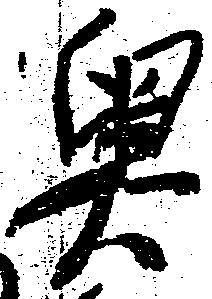
奥